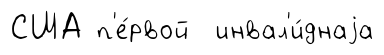
США п'е́рвой инвал'и́днаjа